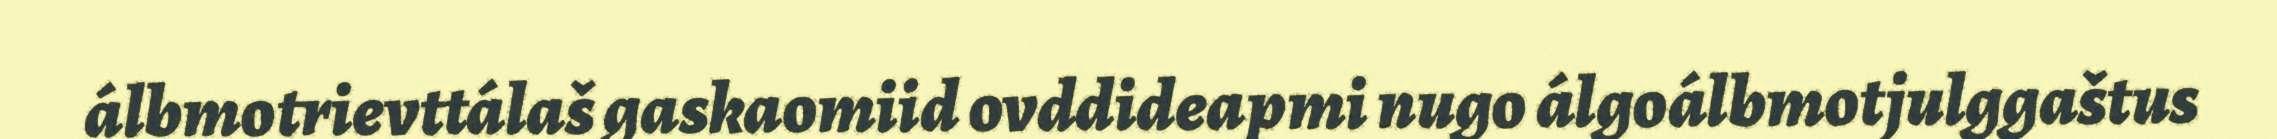
álbmotrievttálaš gaskaomiid ovddideapmi nugo álgoálbmotjulggaštus